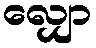
လျှော